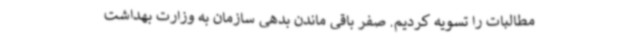
مطالبات را تسویه کردیم. صفر باقی ماندن بدهی سازمان به وزارت بهداشت